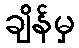
ချိန်မှ